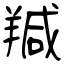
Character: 羬